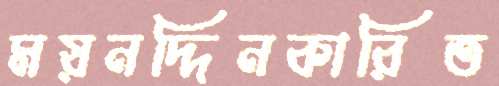
ময়নদ্দিনকারিত